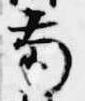
南